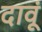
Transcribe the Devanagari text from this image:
दावूं